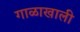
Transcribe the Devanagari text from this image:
गाळाखाली